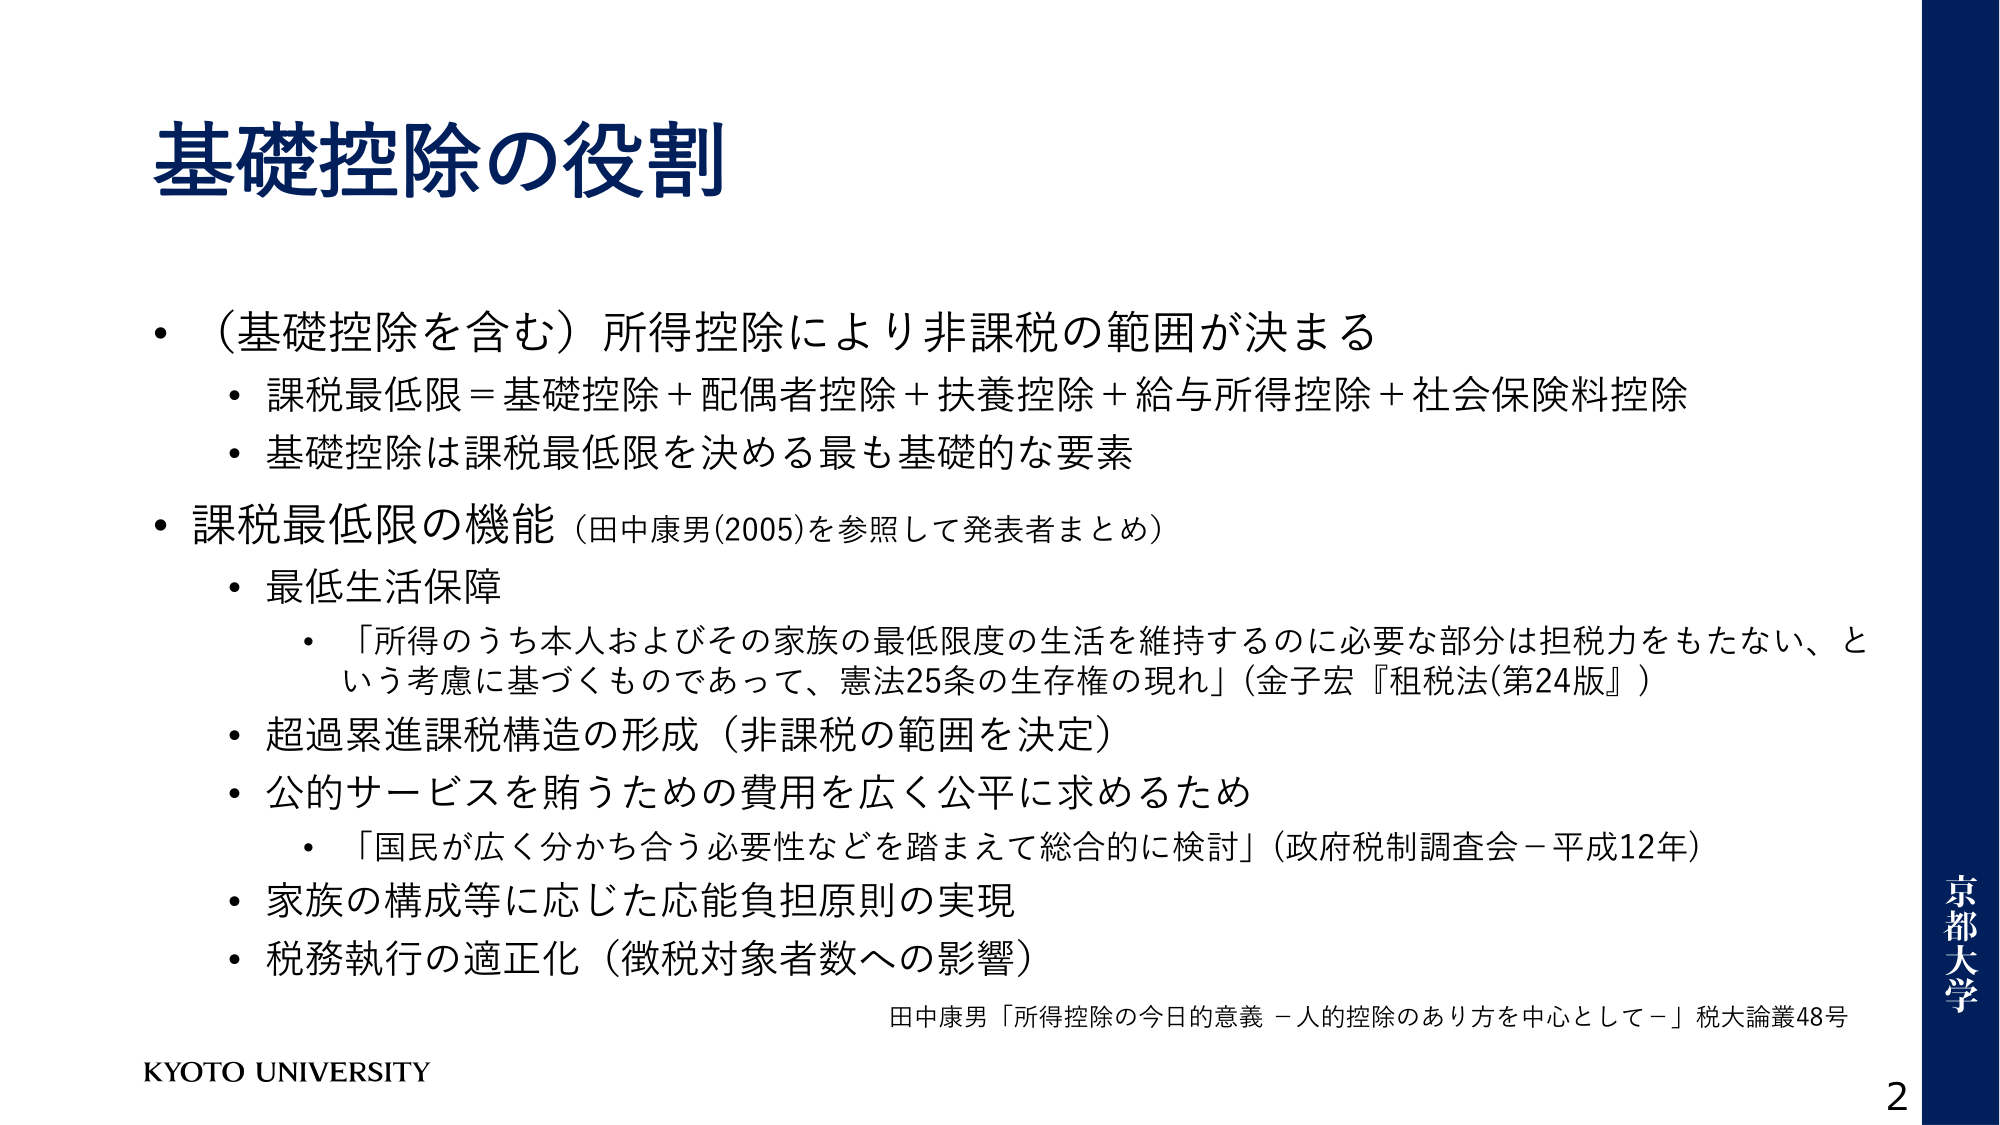
基礎控除の役割

・（基礎控除を含む）所得控除により非課税の範囲が決まる
　・課税最低限＝基礎控除＋配偶者控除＋扶養控除＋給与所得控除＋社会保険料控除
　・基礎控除は課税最低限を決める最も基礎的な要素

・課税最低限の機能（田中康男(2005)を参照して発表者まとめ）
　・最低生活保障
　　・「所得のうち本人およびその家族の最低限度の生活を維持するのに必要な部分は担税力をもたない、という考慮に基づくものであって、憲法25条の生存権の現れ」（金子宏『租税法(第24版)』）
　・超過累進課税構造の形成（非課税の範囲を決定）
　・公的サービスを賄うための費用を広く公平に求めるため
　　・「国民が広く分かち合う必要性などを踏まえて総合的に検討」（政府税制調査会－平成12年）
　・家族の構成等に応じた応能負担原則の実現
　・税務執行の適正化（徴税対象者数への影響）

田中康男「所得控除の今日的意義－人的控除のあり方を中心として－」税大論叢48号

KYOTO UNIVERSITY

京都大学
2